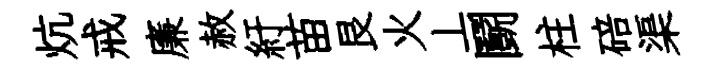
炕戒廉赦紆苗艮火丄鬬柱碚渠